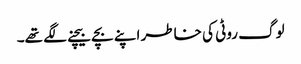
لوگ روٹی کی خاطر اپنے بچے بیچنے لگے تھے۔